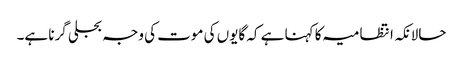
حالانکہ انتظامیہ کا کہنا ہے کہ گایوں کی موت کی وجہ بجلی گرنا ہے۔